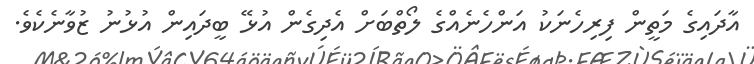
އާދައިގެ މަތީން ފިރިހެނަކު އަންހެނެއްގެ ލޯތްބަށް އެދިގެން އުޅޭ ބީދައިން އުޅުނު ޒުވާނެކެވެ.